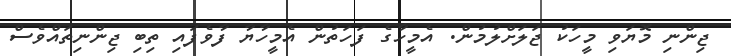
ޖިންނި މޮޔަވި މީހަކު ޖަލަށްލުމުން. އެމީހާގެ ފަހަތުން އެމީހާޔާ ފާވެފައި ތިބި ޖިންނިތައްވެސް